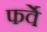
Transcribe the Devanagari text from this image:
फर्वे